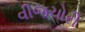
વીજચોરી